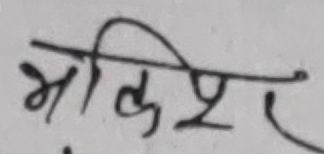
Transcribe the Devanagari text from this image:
भक्तिपूर